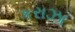
કરાઝા